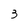
Character: 3